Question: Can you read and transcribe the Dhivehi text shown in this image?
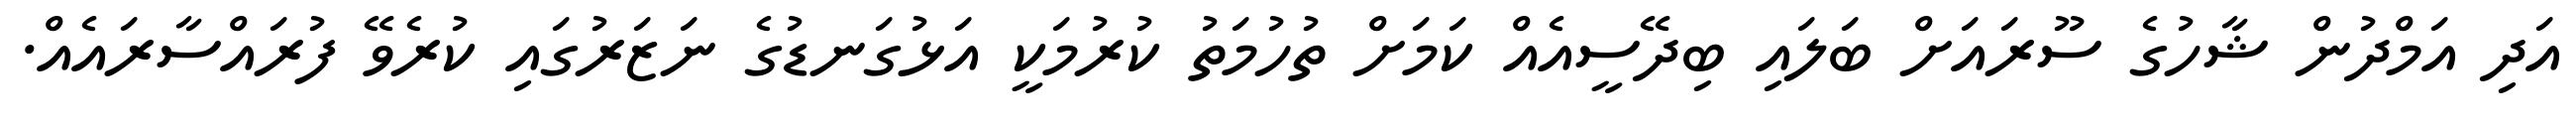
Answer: އަދި އަމްދުން ޝާހުގެ ސޫރައަށް ބަލައި ބިދޭސީއެއް ކަމަށް ތުހުމަތު ކުރުމަކީ އަޅުގަނޑުގެ ނަޒަރުގައި ކުރެވޭ ފުރައްސާރައެއް.